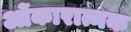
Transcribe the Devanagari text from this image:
ओंकारात्मक